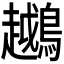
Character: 𬷲